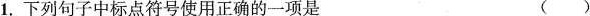
1.下列句子中标点符号使用正确的一项是（）